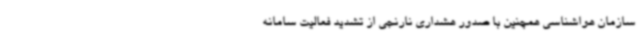
سازمان هواشناسی همچنین با صدور هشداری نارنجی از تشدید فعالیت سامانه